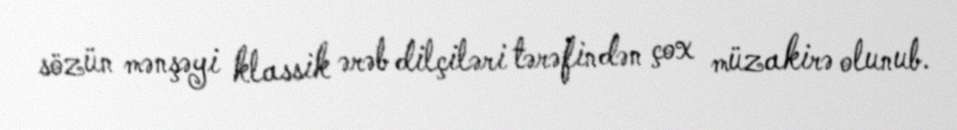
sözün mənşəyi klassik ərəb dilçiləri tərəfindən çox müzakirə olunub.